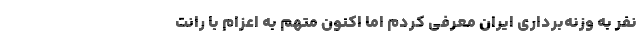
نفر به وزنه‌برداری ایران معرفی کردم اما اکنون متهم به اعزام با رانت